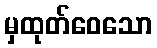
မှထုတ်ဝေသော